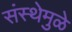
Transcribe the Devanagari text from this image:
संस्थेमुळे